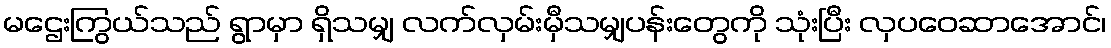
မဌေးကြွယ်သည် ရွာမှာ ရှိသမျှ လက်လှမ်းမှီသမျှပန်းတွေကို သုံးပြီး လှပဝေဆာအောင်၊